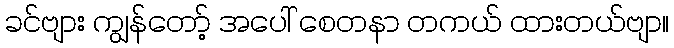
ခင်ဗျား ကျွန်တော့် အပေါ် စေတနာ တကယ် ထားတယ်ဗျာ။